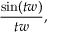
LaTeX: { \frac { \sin ( t w ) } { t w } } ,